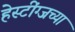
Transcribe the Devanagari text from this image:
हेस्टींग्जच्या